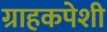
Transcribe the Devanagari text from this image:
ग्राहकपेशी